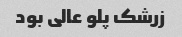
زرشک پلو عالی بود